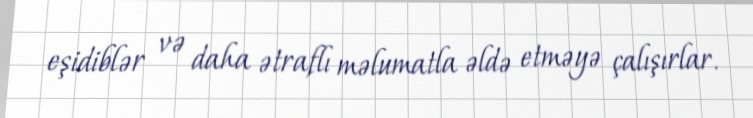
eşidiblər və daha ətraflı məlumatla əldə etməyə çalışırlar.